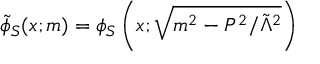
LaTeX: \tilde { \phi } _ { S } ( x ; m ) = \phi _ { S } \left( x ; \sqrt { m ^ { 2 } - P ^ { 2 } / \tilde { \Lambda } ^ { 2 } } \right)